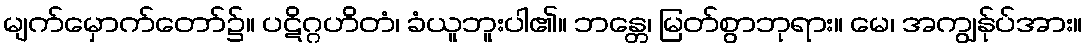
မျက်မှောက်တော်၌။ ပဋိဂ္ဂဟိတံ၊ ခံယူဘူးပါ၏။ ဘန္တေ၊ မြတ်စွာဘုရား။ မေ၊ အကျွန်ုပ်အား။